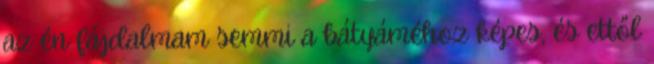
az én fájdalmam semmi a bátyáméhoz képes, és ettől